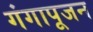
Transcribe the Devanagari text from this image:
गंगापूजन